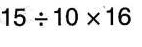
$$15\div10\times